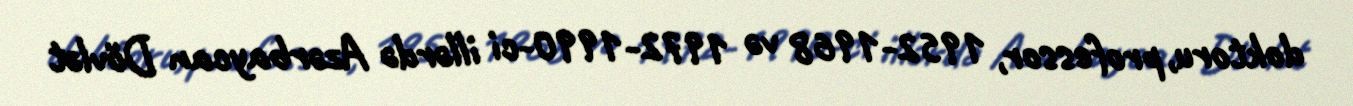
doktoru, professor, 1952-1968 və 1972-1990-ci illərdə Azərbaycan Dövlət